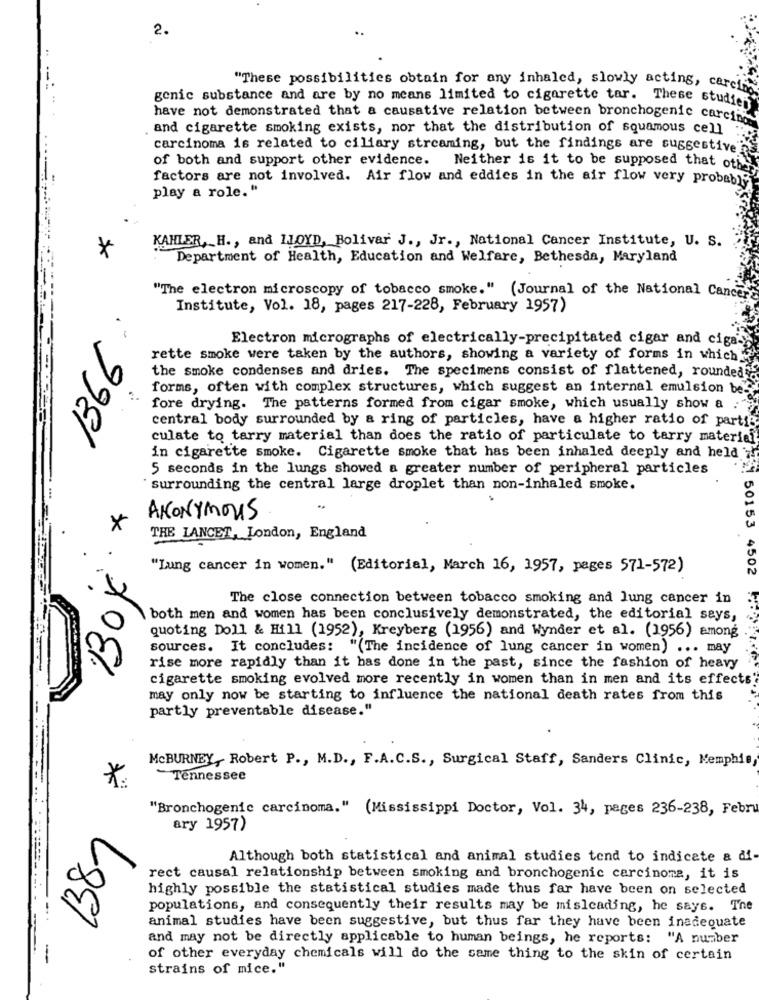
2.
"These possibilities obtain for any inhaled, slowly acting, caret
genic substance and are by no means limited to cigarette tar. These studien
have not demonstrated that a causative relation between bronchogenic carcin
and cigarette smoking exists, nor that the distribution of squamous cell
carcinoma is related to ciliary streaming, but the findings are suggestive"
of both and support other evidence.
Neither is it to be supposed that oth
factors are not involved. Air flow and eddies in the air flow very probably
play a role. "
KAHLER, H ., and LLOYD, Bolivar J ., Jr ., National Cancer Institute, U. S.
Department of Health, Education and Welfare, Bethesda, Maryland
"The electron microscopy of tobacco smoke." (Journal of the National Cancer"
Institute, Vol. 18, pages 217-228, February 1957)
.
1366
Electron micrographs of electrically-precipitated cigar and ciga
rette smoke were taken by the authors, showing a variety of forms in which
the smoke condenses and dries. The specimens consist of flattened, rounded
forms, often with complex structures, which suggest an internal emulsion be'
fore drying. The patterns formed from cigar smoke, which usually show a
central body surrounded by a ring of particles, have a higher ratio of partig
culate to tarry material than does the ratio of particulate to tarry materiel
in cigarette smoke. Cigarette smoke that has been inhaled deeply and held
5 seconds in the lungs showed a greater number of peripheral particles
surrounding the central large droplet than non-inhaled smoke.
ANONYMOUS
×
THE LANCET, London, England
"Lung cancer in women." (Editorial, March 16, 1957, pages 571-572)
50153 4502
130
The close connection between tobacco smoking and lung cancer in
both men and women has been conclusively demonstrated, the editorial seys,
quoting Doll & Hill (1952), Kreyberg (1956) and Wynder et al. (1956) among
sources. It concludes:
"(The incidence of lung cancer in women) ... may
rise more rapidly than it has done in the past, since the fashion of heavy
cigarette smoking evolved more recently in women than in men and its effects
may only now be starting to influence the national death rates from this
partly preventable disease."
---
MCBURNEY, Robert P ., M.D ., F.A.C.S ., Surgical Staff, Sanders Clinic, Memphis,
-Tennessee
*
"Bronchogenic carcinoma." (Mississippi Doctor, Vol. 34, pages 236-238, Febru
ary 1957)
Although both statistical and animal studies tend to indicate a di-
rect causal relationship between smoking and bronchogenic carcinoma, it is
highly possible the statistical studies made thus far have been on selected
populations, and consequently their results may be misleading, he says. The
....
animal studies have been suggestive, but thus far they have been inadequate
and may not be directly applicable to human beings, he reports: "A number
-
of other everyday chemicals will do the same thing to the skin of certain
strains of mice."